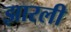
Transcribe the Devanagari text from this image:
झारली